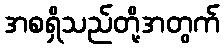
အစရှိသည်တို့အတွက်